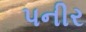
પનીર